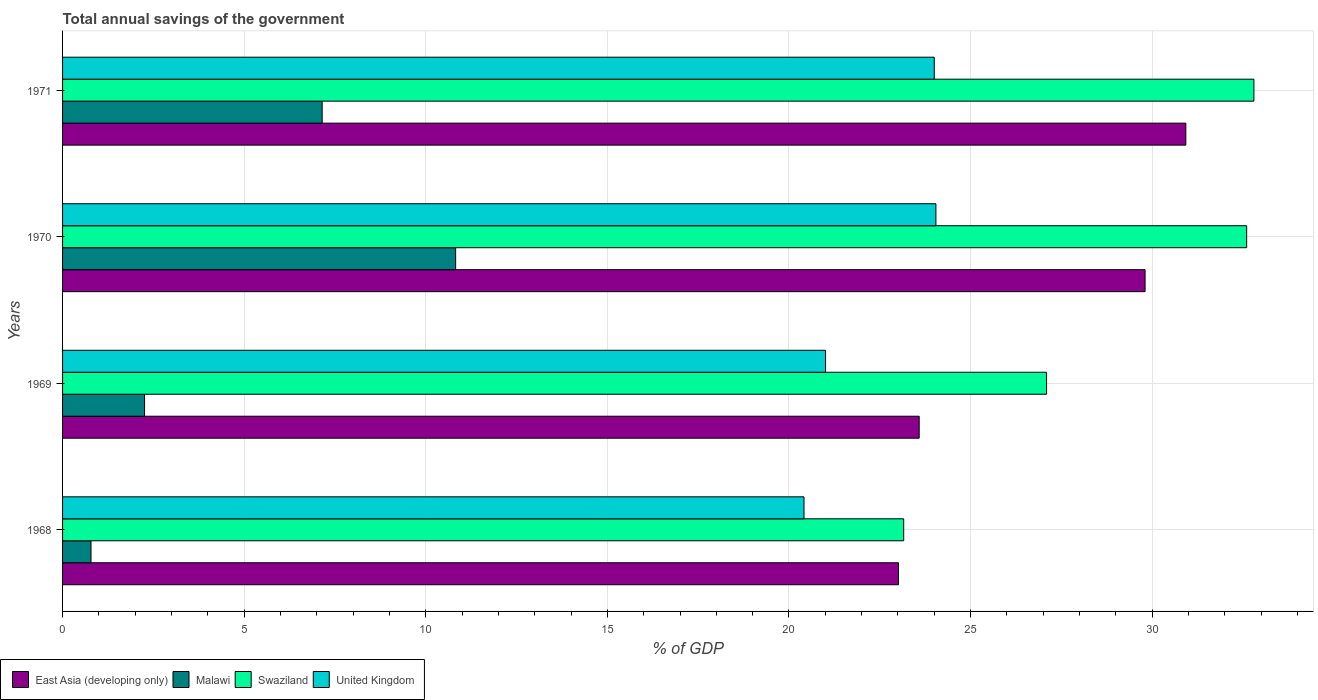
| Years | East Asia (developing only) | Malawi | Swaziland | United Kingdom |
 | --- | --- | --- | --- | --- |
 | 1968 | 23 | 0.783 | 23.2 | 20.4 |
 | 1969 | 23.6 | 2.26 | 27.1 | 21 |
 | 1970 | 29.8 | 10.8 | 32.6 | 24 |
 | 1971 | 30.9 | 7.15 | 32.8 | 24 |